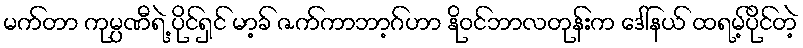
မက်တာ ကုမ္ပဏီရဲ့ ပိုင်ရှင် မာ့ခ် ဇက်ကာဘာ့ဂ်ဟာ နိုဝင်ဘာလတုန်းက ဒေါ်နယ် ထရမ့်ပိုင်တဲ့